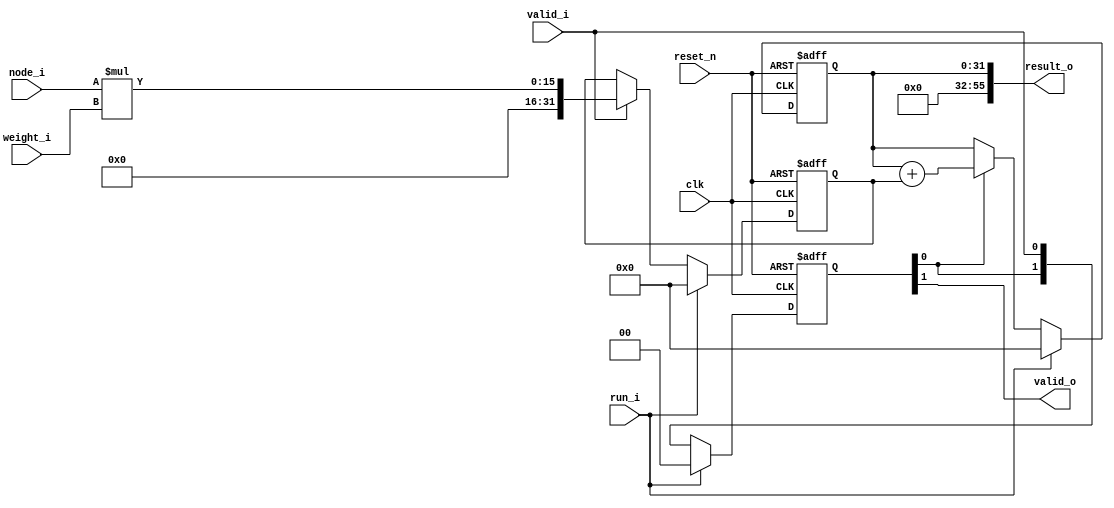
// Module Name: true_dpbram
// 
// description
//      Fully Connected Core. take input node value and output node value "consequently"
//      then Multiply the operand and accumulate it
//      it has 2 cycle latency. when Module gets valid_i signal then give result after 2 clk
//      
//
// inputs
//      clk, reset_n: special inputs. Clock and negative reset
//      run_i: start signal.
//      valid_i: when it take the vlaid_i, finish the calculate and give result after 2 clk
//      node_i: input node value
//      weight_i: weight value
// 
// outputs
//      valid_o: 1 tick if the result is valid
//      result_o: result. it will be 1 output neuron's result
//
// Notice
//      it gets "x bits" weight and input and output is "4x bits" because there is Multiplication.

`timescale 1ns / 1ps
module fully_connected_core
#(
	parameter IN_DATA_WIDTH = 8
)
(
    input 								clk,
    input 								reset_n,
	input								run_i,
	input 								valid_i,
	input 	[IN_DATA_WIDTH - 1:0]		node_i,
	input 	[IN_DATA_WIDTH - 1:0]		weight_i,

	output  							valid_o,
	output  [(7*IN_DATA_WIDTH) - 1:0]	result_o
);

// 2 cycle delay - 1 MAC operation need more than 1 clk period
reg 	[1 : 0]					  r_valid;
reg 	[(4*IN_DATA_WIDTH) - 1:0] r_mult;
wire  	[(2*IN_DATA_WIDTH) - 1:0] w_mult;
reg 	[(4*IN_DATA_WIDTH) - 1:0] r_result;

always @(posedge clk or negedge reset_n) begin
    if(!reset_n) begin
        r_valid <= 2'b0;  
    end else if (run_i) begin
        r_valid <= 2'b0;  
    end else begin
		r_valid <= {r_valid[0], valid_i};
	end
end

always @(posedge clk or negedge reset_n) begin
    if(!reset_n) begin
        r_mult <= {(2*IN_DATA_WIDTH){1'b0}};  
    end else if (run_i) begin
        r_mult <= {(2*IN_DATA_WIDTH){1'b0}};  
    end else if (valid_i) begin
		r_mult <= w_mult;
	end
end

always @(posedge clk or negedge reset_n) begin
    if(!reset_n) begin
        r_result <= {(4*IN_DATA_WIDTH){1'b0}};  
    end else if (run_i) begin
        r_result <= {(4*IN_DATA_WIDTH){1'b0}};  // initial value is 0 and then accumulate start
    end else if (r_valid[0]) begin  // valid == enable.
		r_result <= r_result + r_mult; // accumulate
	end
end

assign valid_o 	= r_valid[1];
assign w_mult = node_i * weight_i; // separate '+' stage and '*' stage to pipelining becayse only 1 stage cause timing violation(Retiming)
assign result_o = r_result;

endmodule